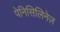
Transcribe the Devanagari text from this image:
पेनिसिलिनेज़